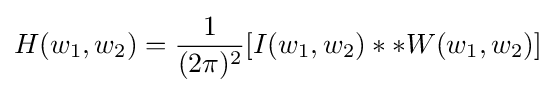
H(w_{1},w_{2})={\frac {1}{(2\pi )^{2}}}[I(w_{1},w_{2})**W(w_{1},w_{2})]